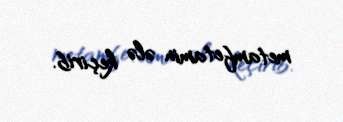
metamfetamin ələ keçirib.